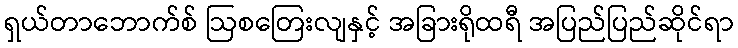
ရှယ်တာဘောက်စ် ဩစတြေးလျနှင့် အခြားရိုထရီ အပြည်ပြည်ဆိုင်ရာ